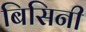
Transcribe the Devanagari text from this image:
बिसिनी